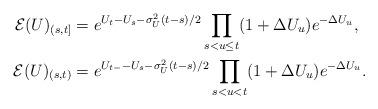
LaTeX: \begin{align*}\mathcal{E}(U)_{(s,t]} & = e^{U_t - U_s - \sigma_U^2 (t-s)/2} \prod_{s< u \leq t} (1 + \Delta U_u) e^{-\Delta U_u}, \\\mathcal{E}(U)_{(s,t)} & = e^{U_{t-} - U_s - \sigma_U^2 (t-s)/2} \prod_{s< u < t} (1 + \Delta U_u) e^{-\Delta U_u}.\end{align*}